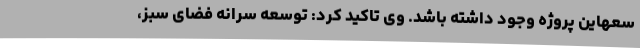
سعهاین پروژه وجود داشته باشد. وی تاکید کرد: توسعه سرانه فضای سبز،